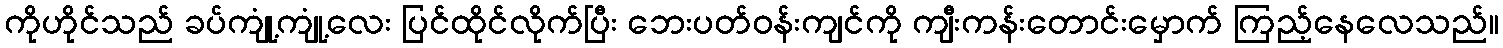
ကိုဟိုင်သည် ခပ်ကျုံ့ကျုံ့လေး ပြင်ထိုင်လိုက်ပြီး ဘေးပတ်ဝန်းကျင်ကို ကျီးကန်းတောင်းမှောက် ကြည့်နေလေသည်။